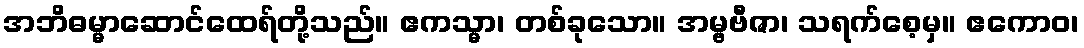
အဘိဓမ္မာဆောင်ထေရ်တို့သည်။ ဧကသ္မာ၊ တစ်ခုသော။ အမ္ဗဗီဇာ၊ သရက်စေ့မှ။ ဧကောဝ၊